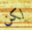
لكن